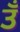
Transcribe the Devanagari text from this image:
उँ